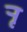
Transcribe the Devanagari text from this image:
र्‍ाृ